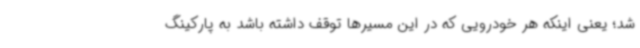
شد؛ یعنی اینکه هر خودرویی که در این مسیرها توقف داشته باشد به پارکینگ